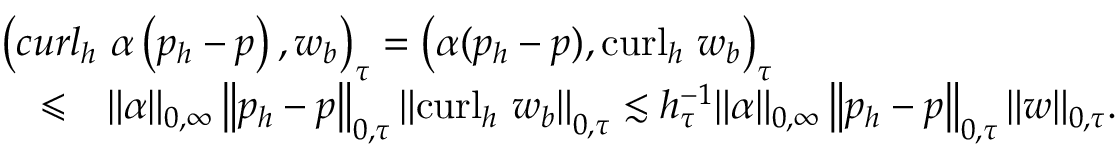
\begin{array} { r l r } { \lefteqn { \left( \boldsymbol { c u r l } _ { h } ~ \alpha \left( p _ { h } - p \right) , \boldsymbol { w } _ { b } \right) _ { \tau } = \left( \alpha ( p _ { h } - p ) , \mathrm { c u r l } _ { h } ~ \boldsymbol { w } _ { b } \right) _ { \tau } } } \\ & { \leqslant } & { \| \alpha \| _ { 0 , \infty } \left\| p _ { h } - p \right\| _ { 0 , \tau } \left\| \mathrm { c u r l } _ { h } ~ \boldsymbol { w } _ { b } \right\| _ { 0 , \tau } \lesssim h _ { \tau } ^ { - 1 } \| \alpha \| _ { 0 , \infty } \left\| p _ { h } - p \right\| _ { 0 , \tau } \| \boldsymbol { w } \| _ { 0 , \tau } . } \end{array}